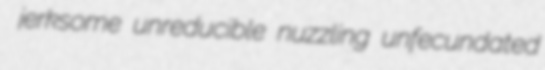
jerksome unreducible nuzzling unfecundated